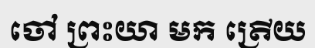
ចៅ ព្រះយា មក ត្រើយ